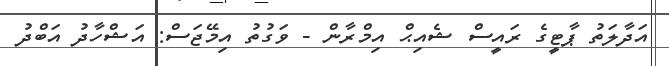
އަދާލަތު ޕާޓީގެ ރައީސް ޝެއިޙް އިމްރާން - ވަގުތު އިމޭޖަސް: އަޝްހާދު އަބްދު